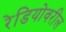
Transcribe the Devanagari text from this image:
रेडियोवरील